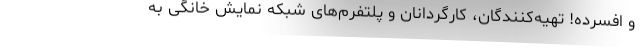
و افسرده! تهیه‌کنندگان، کارگردانان و پلتفرم‌های شبکه نمایش خانگی به